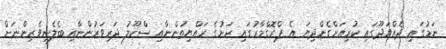
ނަމުގައި ދެއްވަދޫގައި ކުރިއަށްގެންދިޔަ އެ ޕްރޮގްމާރުގައި ރަށުގެ ރައްޔިތުންނާއި ސްކޫލު ދަރިވަރުންނާއި ބެލެނިވެރިންނަށް